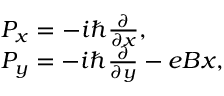
\begin{array} { l } { P _ { x } = - i \hbar \frac { \partial } { \partial x } , } \\ { P _ { y } = - i \hbar \frac { \partial } { \partial y } - e B x , } \end{array}